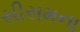
સીસમના